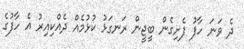
ދެ ވަނަ ހާފު ފެށިގެން ބީޖީން ރަނގަޅު ކުޅުމެއް ދެއްކިއިރު އެ ހާފުގެ